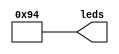
module LedPattern(
    output wire [('b1000) - ('b1):0] leds);
  assign leds = 'b10010100;
endmodule